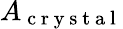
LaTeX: A_{\mathrm{~c~r~y~s~t~a~l~}}